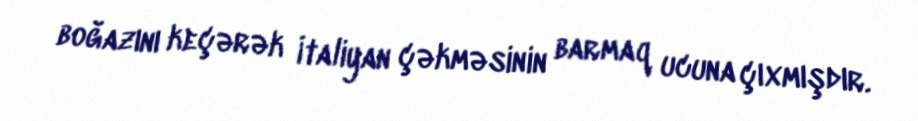
boğazını keçərək İtaliyan çəkməsinin barmaq ucuna çıxmışdır.